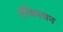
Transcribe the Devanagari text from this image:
टॅक्नियन